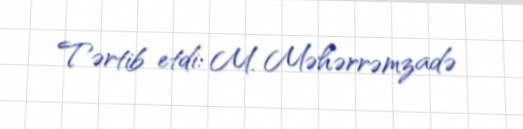
Tərtib etdi: M. Məhərrəmzadə